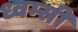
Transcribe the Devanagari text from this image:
ध्वम्सी